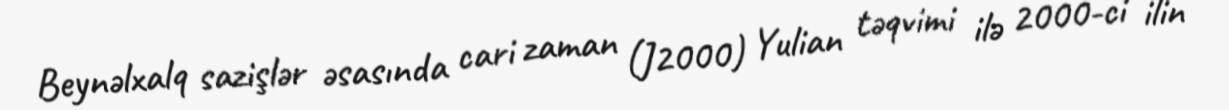
Beynəlxalq sazişlər əsasında cari zaman (J2000) Yulian təqvimi ilə 2000-ci ilin